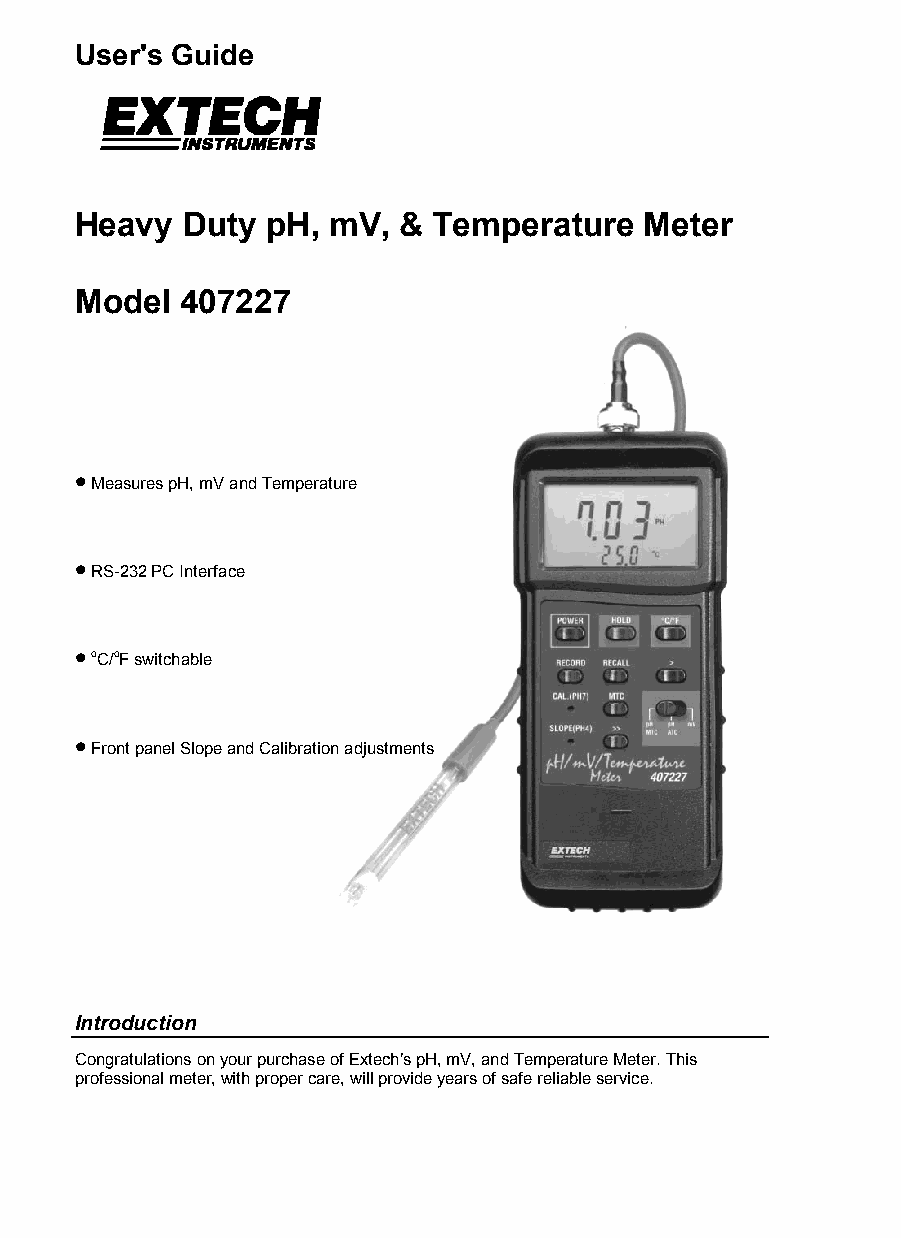
User's Guide
 Heavy  Duty  pH, mV, &  Temperature   Meter
 Model  407227
 •
 Measures pH, mV and Temperature
 •
 RS-232 PC Interface
 • oC/oF switchable
 •
 Front panel Slope and Calibration adjustments
 Introduction
 Congratulations on your purchase of Extech’s pH, mV, and Temperature Meter. This
 professional meter, with proper care, will provide years of safe reliable service.